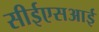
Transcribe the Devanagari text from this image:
सीईएसआई